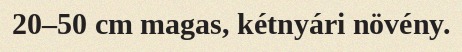
20–50 cm magas, kétnyári növény.